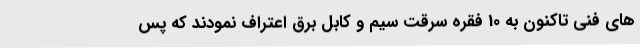
های فنی تاکنون به 10 فقره سرقت سیم و کابل برق اعتراف نمودند که پس